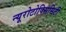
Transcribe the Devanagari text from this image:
न्यूरोटोक्सिसिटी